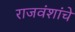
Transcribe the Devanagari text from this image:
राजवंशांचे